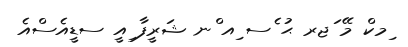
ިމކް މޭ ަޖރ ޙު ެސ ިއ ްނ ޝަރީފާ ިއީ ސޑީއެސްއެ